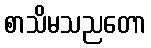
စာသိမသညတော